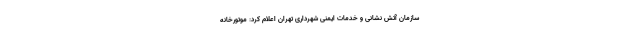
سازمان آتش نشانی و خدمات ایمنی شهرداری تهران اعلام کرد: موتورخانه